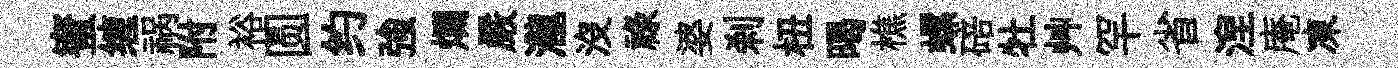
蜜缠祸附裕圆约強爛嚴瀧没祿婆刹杻暍樵螺碚牡艸罕省湼庵凍